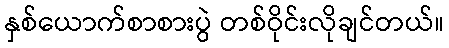
နှစ်ယောက်စာစားပွဲ တစ်ဝိုင်းလိုချင်တယ်။